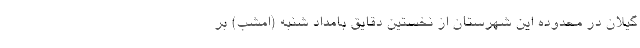
گیلان در محدوده این شهرستان از نخستین دقایق بامداد شنبه (امشب) بر